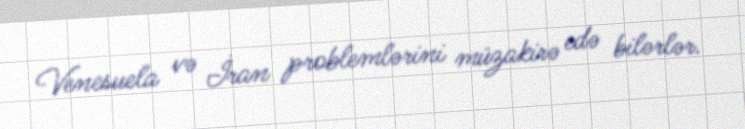
Venesuela və İran problemlərini müzakirə edə bilərlər.